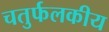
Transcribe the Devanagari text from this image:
चतुर्फलकीय